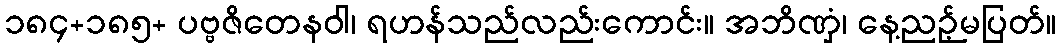
၁၈၄+၁၈၅+ ပဗ္ဗဇိတေနဝါ၊ ရဟန်သည်လည်းကောင်း။ အဘိဏှံ၊ နေ့ညဉ့်မပြတ်။